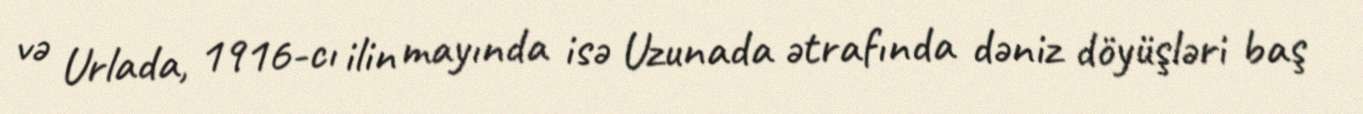
və Urlada, 1916-cı ilin mayında isə Uzunada ətrafında dəniz döyüşləri baş